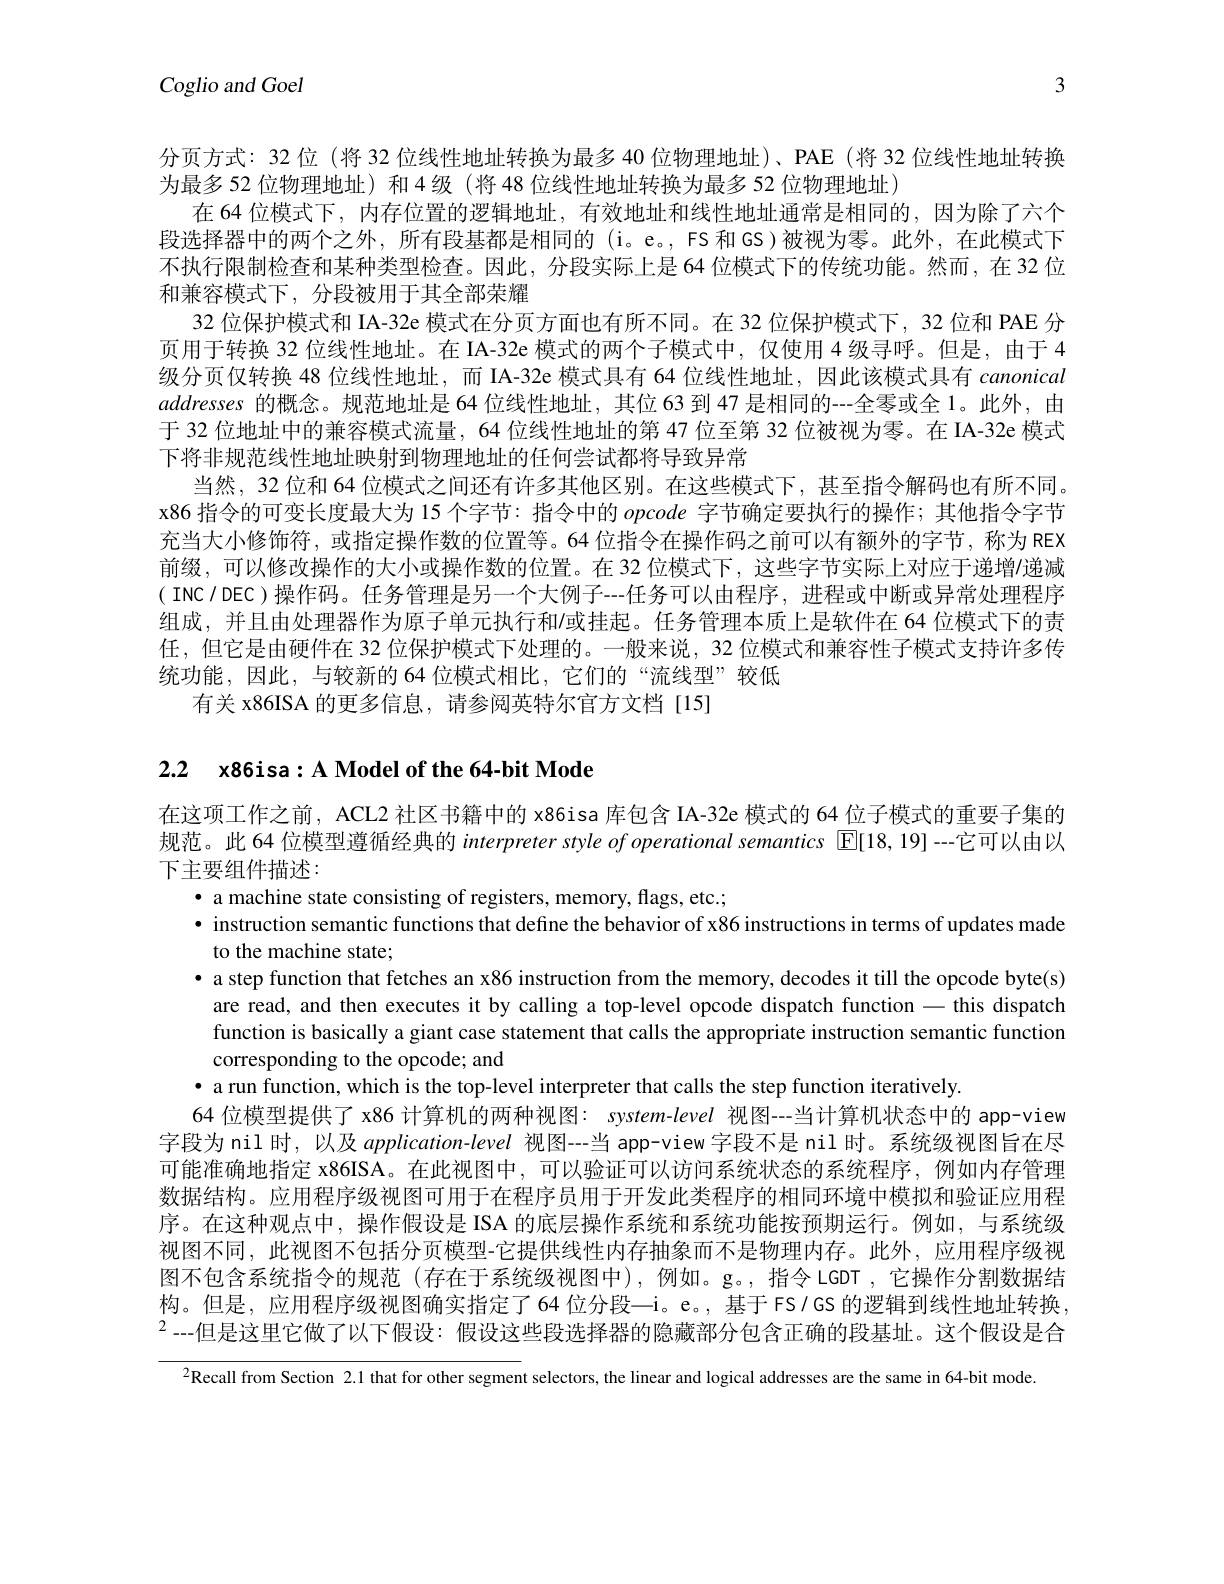
3

Coglio and Goel

分页方式：32位 (将 32 位线性地址转换为最多 40 位物理地址)、PAE (将 32 位线性地址转换
为最多 52 位物理地址) 和4级 (将 48 位线性地址转换为最多 52 位物理地址)
在 64 位模式下，内存位置的逻辑地址，有效地址和线性地址通常是相同的，因为除了六个段选择器中的两个之外，所有段基都是相同的(i。e。, FS 和 GS)被视为零。此外，在此模式下不执行限制检查和某种类型检查。因此，分段实际上是64 位模式下的传统功能。然而，在 32 位和兼容模式下，分段被用于其全部荣耀
32 位保护模式和 IA-32e 模式在分页方面也有所不同。在 32 位保护模式下，32 位和 PAE 分页用于转换 32 位线性地址。在 IA-32e 模式的两个子模式中，仅使用 4 级寻呼。但是，由于 4级分页仅转换 48 位线性地址，而 IA-32e 模式具有 64 位线性地址，因此该模式具有 canonical addresses的概念。规范地址是 64 位线性地址，其位 63 到 47 是相同的---全零或全 1。此外，由于 32 位地址中的兼容模式流量，64 位线性地址的第 47 位至第 32 位被视为零。在 IA-32e 模式下将非规范线性地址映射到物理地址的任何尝试都将导致异常
当然，32 位和 64 位模式之间还有许多其他区别。在这些模式下，甚至指令解码也有所不同。x86 指令的可变长度最大为 15 个字节：指令中的 opcode 字节确定要执行的操作；其他指令字节充当大小修饰符，或指定操作数的位置等。64 位指令在操作码之前可以有额外的字节，称为 REX 前缀，可以修改操作的大小或操作数的位置。在 32 位模式下，这些字节实际上对应于递增/递减( INC/ DEC) 操作码。任务管理是另一个大例子---任务可以由程序，进程或中断或异常处理程序组成，并且由处理器作为原子单元执行和/或挂起。任务管理本质上是软件在 64 位模式下的责任，但它是由硬件在 32 位保护模式下处理的。一般来说，32 位模式和兼容性子模式支持许多传统功能，因此，与较新的 64 位模式相比，它们的“流线型”较低
有关 x86ISA 的更多信息，请参阅英特尔官方文档 [15]

2.2 x86isa:A Model of the 64-bit Mode

在这项工作之前，ACL2 社区书籍中的 x86isa 库包含 IA-32e 模式的 64 位子模式的重要子集的规范。此 64 位模型遵循经典的 interpreter style of operationd semantics $\mathbb{E}[18,19]-$--它可以由以下主要组件描述：
· a machine state consisting of registers, memory, flags, etc.;
· instruction semantic functions that define the behavior of x86 instructions in terms of updates made
to the machine state;
· a step function that fetches an x86 instruction from the memory, decodes it till the opcode byte(s)
are read, and then executes it by calling a top-level opcode dispatch function - this dispatch function is basically a giant case statement that calls the appropriate instruction semantic function corresponding to the opcode; and
· a run function, which is the top-level interpreter that calls the step function iteratively
64 位模型提供了 x86 计算机的两种视图：system-level 视图---当计算机状态中的 app-view 字段为 nil 时，以及$application-level$视图--当 app-view 字段不是 nil 时。系统级视图旨在尽可能准确地指定 x86ISA。在此视图中，可以验证可以访问系统状态的系统程序，例如内存管理数据结构。应用程序级视图可用于在程序员用于开发此类程序的相同环境中模拟和验证应用程序。在这种观点中，操作假设是 ISA 的底层操作系统和系统功能按预期运行。例如，与系统级视图不同，此视图不包括分页模型-它提供线性内存抽象而不是物理内存。此外，应用程序级视图不包含系统指令的规范(存在于系统级视图中),例如。g。,指令 LGDT,它操作分割数据结构。但是，应用程序级视图确实指定了64 位分段—i。e。, 基于FS/GS 的逻辑到线性地址转换$^2--$但是这里它做了以下假设：假设这些段选择器的隐藏部分包含正确的段基址。这个假设是合

$^{2}$Recall from Section 2.1 that for other segment selectors, the linear and logical addresses are the same in 64-bit mode